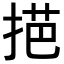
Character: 𢯓